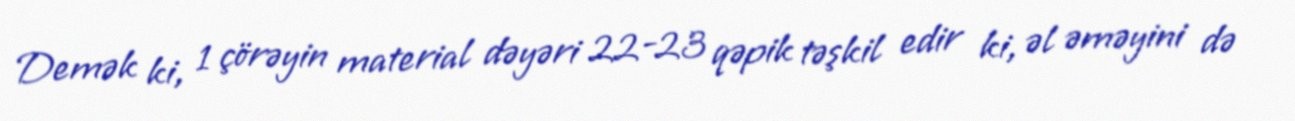
Demək ki, 1 çörəyin material dəyəri 22-23 qəpik təşkil edir ki, əl əməyini də